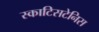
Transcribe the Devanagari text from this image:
स्काटिसटेनिस